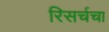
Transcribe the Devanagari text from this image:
रिसर्चचा